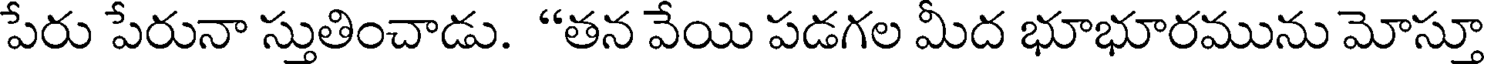
పేరు పేరునా స్తుతించాడు. "తన వేయి పడగల మీద భూభూరమును మోస్తూ